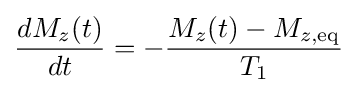
{\frac {dM_{z}(t)}{dt}}=-{\frac {M_{z}(t)-M_{z,\mathrm {eq} }}{T_{1}}}